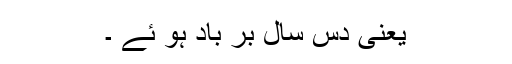
یعنی دس سال بر باد ہو ئے ۔